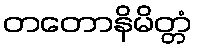
တတောနိမိတ္တံ